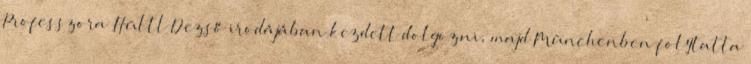
Professzora Hültl Dezső irodájában kezdett dolgozni, majd Münchenben folytatta